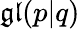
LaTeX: {\mathfrak{gl}}(p|q)